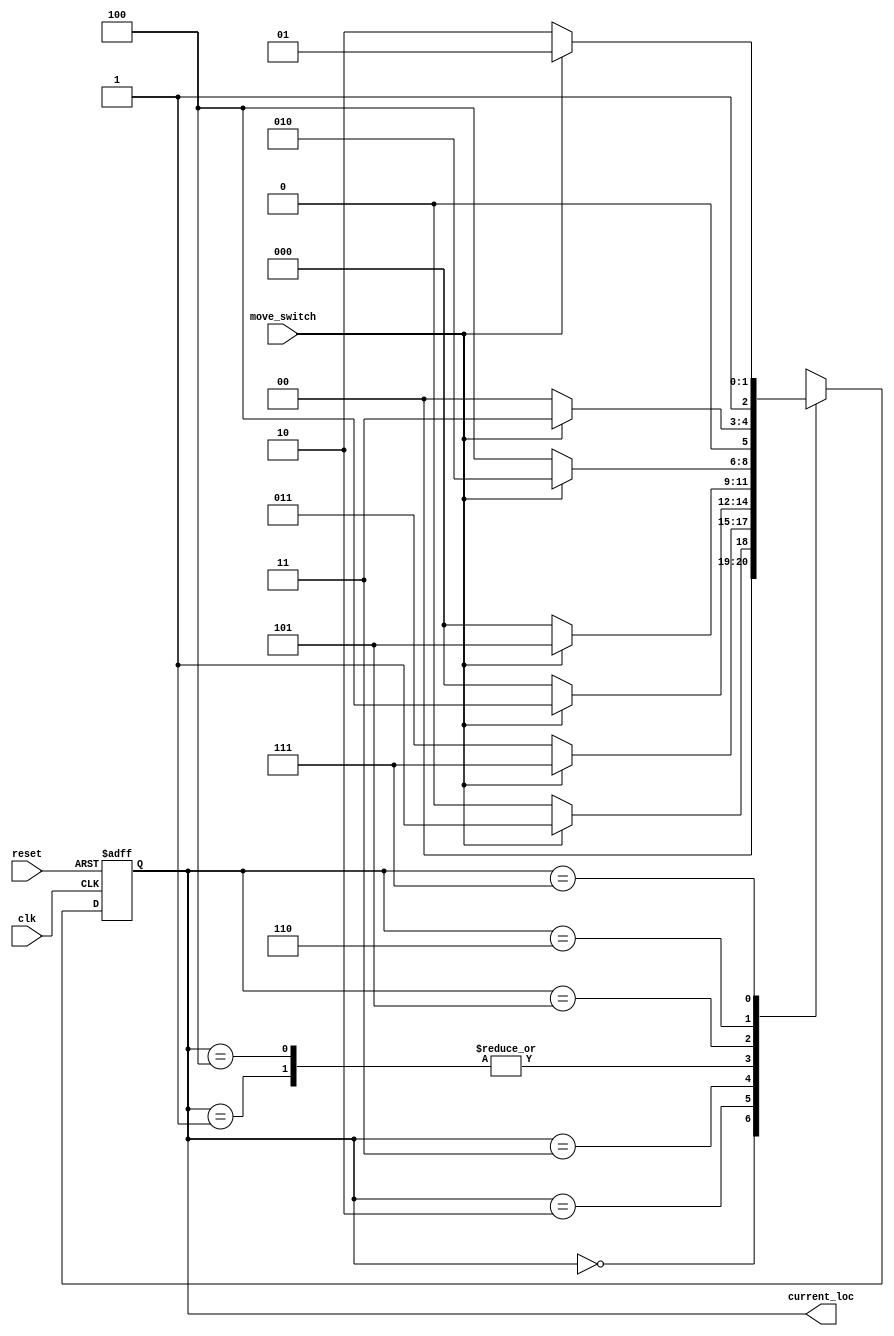
module hospitalROVER(
clk,move_switch,reset,current_loc
);

input clk,move_switch,reset;//Input declaration
output reg [2:0] current_loc;	//output is a 3bit binary sequence hence it is declared as such


reg [2:0] cur_state;			

reg [2:0] next_state;
parameter HNR = 3'b000,				//Head nurse room is assigned the binary code 000
			 IR = 3'b001,				//Isolation roon is assigned the binary code 001
			 CPR = 3'b010,				//Contact precaution room is assigned binary code 010
			 ABIR = 3'b011,			//Airborne infection room is assigned binary code 011
			 NPR = 3'b100,				//Negative pressure room is assigned binary code 100
			 ICU = 3'b101,				//Intensive Care Unit is assigned binary code 101
			 CCU = 3'b110,				//Corona Care unit is assigned binary code 110
			 BU = 3'b111;				//Burns unit is assigned binary code 111
			 
			 
always @(posedge clk or posedge reset)
if(reset)								
	cur_state <= HNR;
else
	cur_state <= next_state;	
	
	
always@(move_switch or cur_state)
	case(cur_state)					//Case is used to check the current location
	
	HNR:							
			if(move_switch)			//repeated if-else statements are used to check for move_switch condition
				
				next_state <= IR;
				
			else
				
				next_state <= HNR;
				
				
	IR:							//If currrent state is 001 and move_switch is one then rover moves to ICU, if current state is 001 and move_switch is 0 then rover moves to HNR
			if(move_switch)
				
				next_state <= ICU;
				
			else
				
				next_state <= HNR;
				
				
	CPR:
				if(move_switch)
				
				next_state <= BU;
				
			else
				
				next_state <= ABIR;
				
				
	ABIR:
			if(move_switch)
				
				next_state <= NPR;
				
			else
				
				next_state <= HNR;
				
		
	NPR:
			if(move_switch)
				
				next_state <= ICU;
				
			else
				
				next_state <= HNR;
				
		
	ICU:
			if(move_switch)
				
				next_state <= CPR;
				
			else
				
				next_state <= NPR;
				

	CCU:
			if(move_switch)
				
				next_state <= ABIR;
				
			else
				
				next_state <= HNR;
				
	BU:
			if(move_switch)
				
				next_state <= ICU;
				
			else
				
				next_state <= CCU;
				
		endcase
		
		
		

	
always@(cur_state)
current_loc <= cur_state;

endmodule